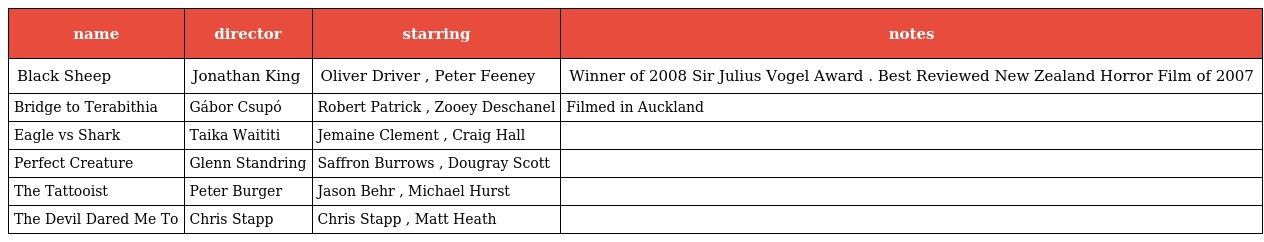
| name | director | starring | notes |
 | --- | --- | --- | --- |
 | Black Sheep | Jonathan King | Oliver Driver , Peter Feeney | Winner of 2008 Sir Julius Vogel Award . Best Reviewed New Zealand Horror Film of 2007 |
 | Bridge to Terabithia | Gábor Csupó | Robert Patrick , Zooey Deschanel | Filmed in Auckland |
 | Eagle vs Shark | Taika Waititi | Jemaine Clement , Craig Hall |  |
 | Perfect Creature | Glenn Standring | Saffron Burrows , Dougray Scott |  |
 | The Tattooist | Peter Burger | Jason Behr , Michael Hurst |  |
 | The Devil Dared Me To | Chris Stapp | Chris Stapp , Matt Heath |  |